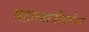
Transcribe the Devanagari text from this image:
महात्माजींबरोबर